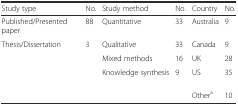
<table><thead><tr><td><b>Study type</b></td><td><b>No.</b></td><td><b>Study method</b></td><td><b>No.</b></td><td><b>Country</b></td><td><b>No.</b></td></tr></thead><tbody><tr><td>Published/Presented paper</td><td>88</td><td>Quantitative</td><td>33</td><td>Australia</td><td>9</td></tr><tr><td>Thesis/Dissertation</td><td>3</td><td>Qualitative</td><td>33</td><td>Canada</td><td>9</td></tr><tr><td></td><td></td><td>Mixed methods</td><td>16</td><td>UK</td><td>28</td></tr><tr><td></td><td></td><td>Knowledge synthesis</td><td>9</td><td>US</td><td>35</td></tr><tr><td></td><td></td><td></td><td></td><td>Other<sup>a</sup></td><td>10</td></tr></tbody></table>